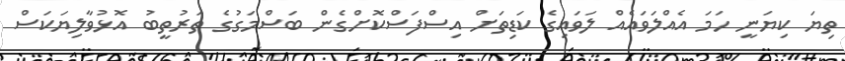
ތިޔަ ކިޔަނީ ހަމަ އެއްލަވައެއް ލަވައިގެ ކަޑިތަށް އިސްފަސްކޮށްގެން ބަސްމަގުގެ ތަރުތީބު އޮޅުވާލިޔަކަަސް